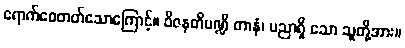
ရောက်စေတတ်သောကြောင့်။ ဝိဇနတိပဏ္ဍိ တာနံ၊ ပညာရှိ သော သူတို့အား။